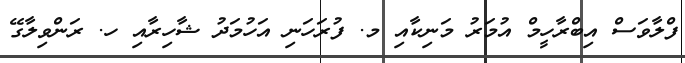
ފްލާވަސް އިބްރާހީމް އުމަރު މަނިކާއި މ. ފުރަހަނި އަހުމަދު ޝާހިރާއި ހ. ރަންވިލާގޭ